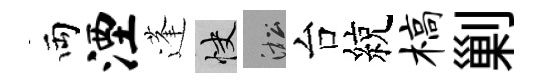
両湮蓬快淞台綂槁剿